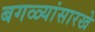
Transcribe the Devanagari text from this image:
बगळ्यांसारखे